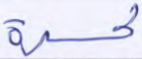
لحسرة